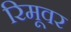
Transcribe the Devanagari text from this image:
रिमूवर